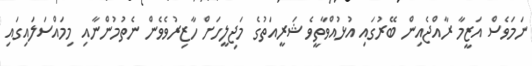
ނަމަވެސް އަޒީމާ ރާއްޖެއިން ބޭރުގައި އުޅުއްވާތީވެ ޝަރީއަތުގެ މަޖިލީހަށް ހާޒިރުވެވެން ނެތުމުންނާއި މިމައްސަލައިގައި